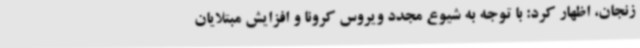
زنجان، اظهار کرد: با توجه به شیوع مجدد ویروس کرونا و افزایش مبتلایان